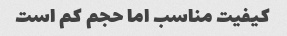
کیفیت مناسب اما حجم کم است